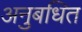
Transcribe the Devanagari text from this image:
अनुबधित